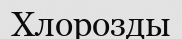
Хлорозды